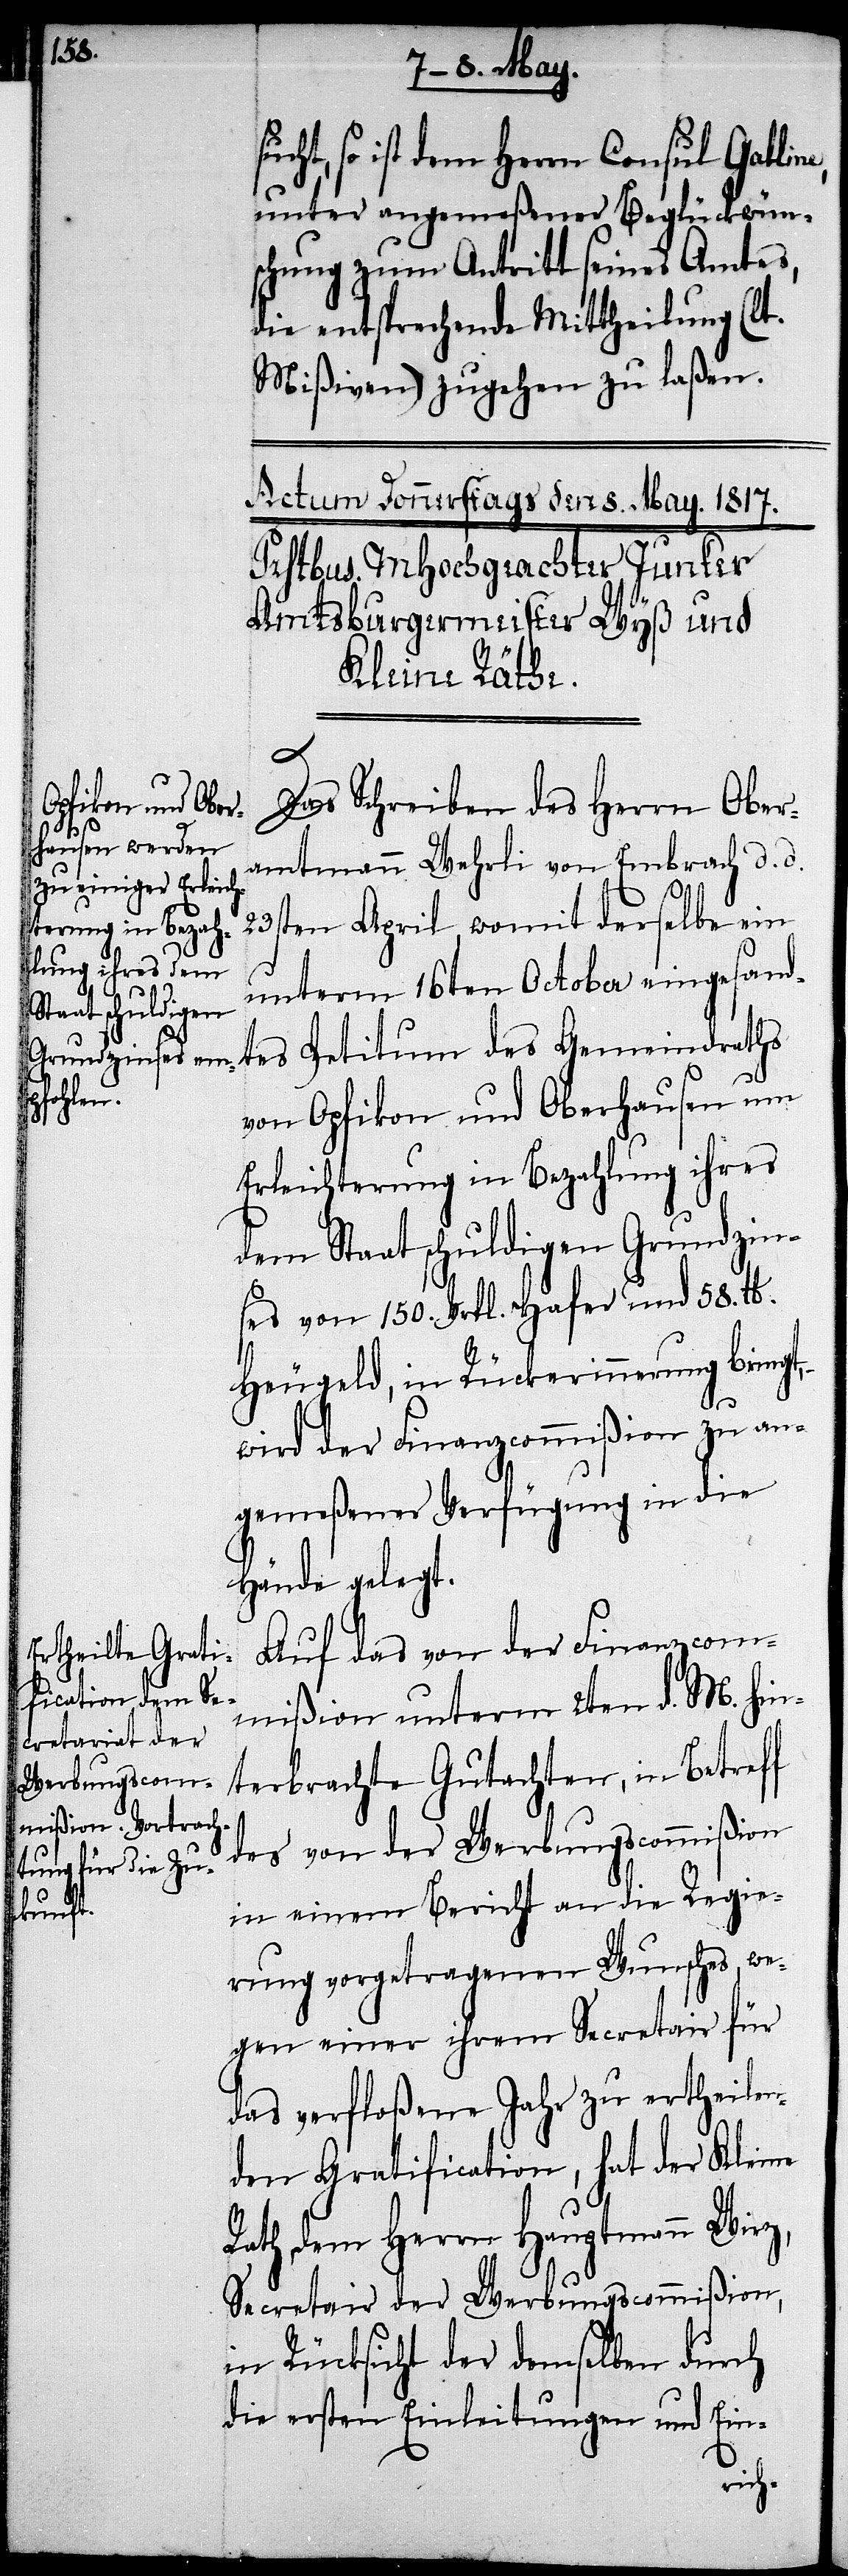
ucht, so ist dem Herrn Consul Galline,
unter angemeßener Beglückwün¬
schung zum Antritt seines Amtes,
die entsprechende Mittheilung (lt.
Mißiven) zugehen zu laßen.
Das Schreiben des Herrn Ober¬
amtmann Wehrli von Embrach d. d.
23sten April, womit derselbe ein
unterm 16ten October eingesand¬
tes Petitum des Gemeindraths
von Opfikon und Oberhausen um
Erleichterung in Bezahlung ihres
dem Staat schuldigen Grundzin¬
ses von 150. Vrtl. Hafer und 58. lb.
Heugeld, in Rückweisung bringt,
–
wird der Finanzcommißion zu an¬
gemeßener Verfügung in die
Hände gelegt.
Auf das von der Finanzcom¬
mißion unterm 2ten d. M. hin¬
terbrachte Gutachten, in Betreff
des von der Werbungscommißion
in einem Bericht an die Regie¬
rung vorgetragenen Wunsches, we¬
gen einer ihrem Secretair für
das verfloßene Jahr zu ertheilen¬
den Gratification, hat der Kleine
Rath dem Herrn Hauptmann Wirz,
Secretair der Werbungscommißion,
in Rücksicht der demselben durch
die ersten Einleitungen und Ein-